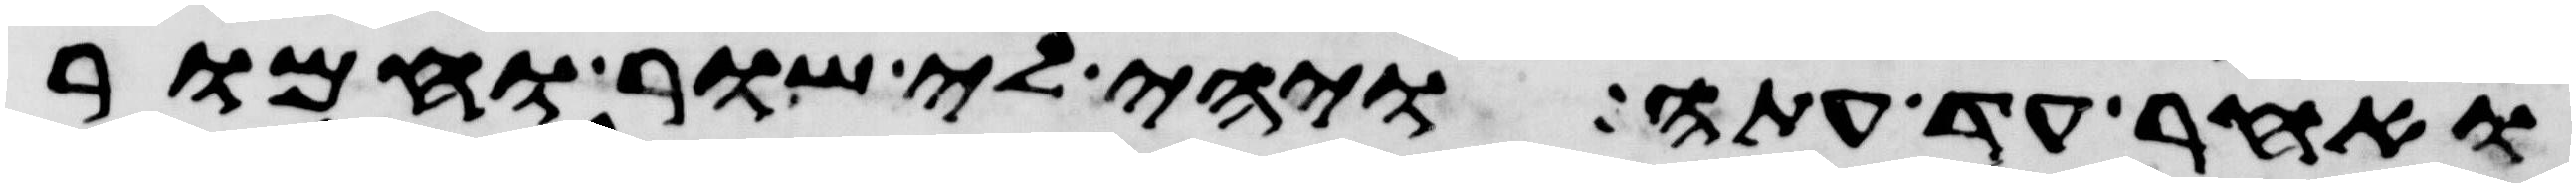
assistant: ואחר עד עתה ויהי לי שור וחמור